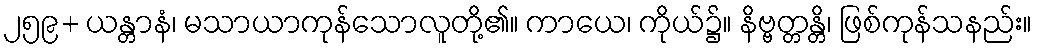
၂၅၉+ ယန္တာနံ၊ မသာယာကုန်သောလူတို့၏။ ကာယေ၊ ကိုယ်၌။ နိဗ္ဗတ္တန္တိ၊ ဖြစ်ကုန်သနည်း။